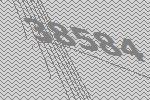
38584